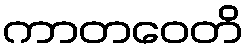
ကာတဝေတိ